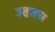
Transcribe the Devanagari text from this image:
उठतच